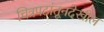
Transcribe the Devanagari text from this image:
चित्रपटांतूनदेखील